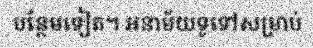
បន្ថែមទៀត។ អនាម័យទូទៅសម្រាប់